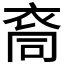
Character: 𮕺